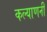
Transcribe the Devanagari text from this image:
कल्याणनी